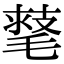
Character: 𣯕